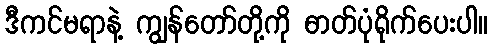
ဒီကင်မရာနဲ့ ကျွန်တော်တို့ကို ဓာတ်ပုံရိုက်ပေးပါ။